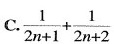
C.2 $$\frac{1}{2n+1}+ \frac{1}{2n+2}$$